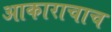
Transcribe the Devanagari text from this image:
आकाराचाच